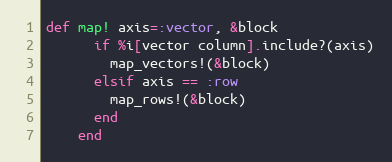
Language: Ruby
def map! axis=:vector, &block
      if %i[vector column].include?(axis)
        map_vectors!(&block)
      elsif axis == :row
        map_rows!(&block)
      end
    end